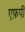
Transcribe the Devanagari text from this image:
एफ़पी